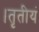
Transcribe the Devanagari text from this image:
।तृतीयं